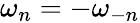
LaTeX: \omega_{n}=-\omega_{-n}